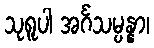
သုရူပါ အင်္ဂသမ္ပန္နာ၊